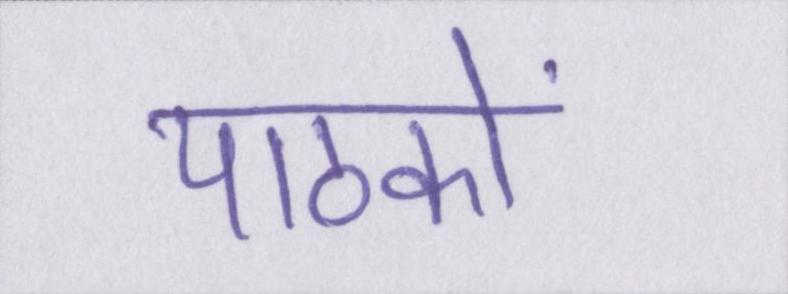
पाठकों